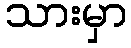
သားမှာ